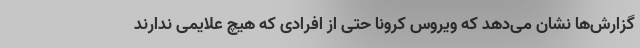
گزارش‌ها نشان می‌دهد که ویروس کرونا حتی از افرادی که هیچ علایمی ندارند